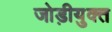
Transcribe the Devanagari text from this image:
जोड़ीयुक्त